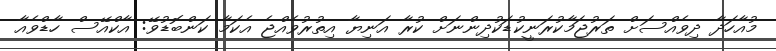
މުއާހަދާ ދިވެއްސަށް ތަރުޖަމާކުރަނީކުޑަކުދިންނަށް ކުރާ އަނިޔާ އިތުރުވެއްޖެ އެކަމާ ކަންބޮޑުވޭ: އާކްއޭސް ހާޑްވެއާ